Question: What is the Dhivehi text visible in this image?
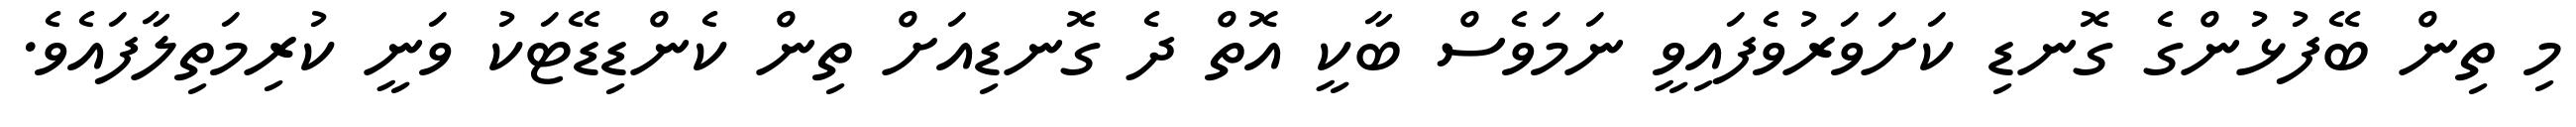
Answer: މި ތިން ބޭފުޅުންގެ ގޮނޑި ކަށަވަރުވެފައިވީ ނަމަވެސް ބާކީ އޮތް ދެ ގޮނޑިއަށް ތިން ކެންޑިޑޭޓަކު ވަނީ ކުރިމަތިލާފައެވެ.